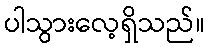
ပါသွားလေ့ရှိသည်။